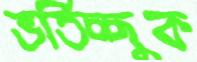
ভর্তিচ্ছুক